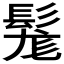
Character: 𩭒